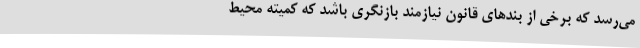
می‌رسد که برخی از بندهای قانون نیازمند بازنگری باشد که کمیته محیط